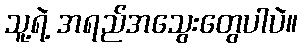
သူ့ရဲ့ အရည်အသွေးတွေပါပဲ။